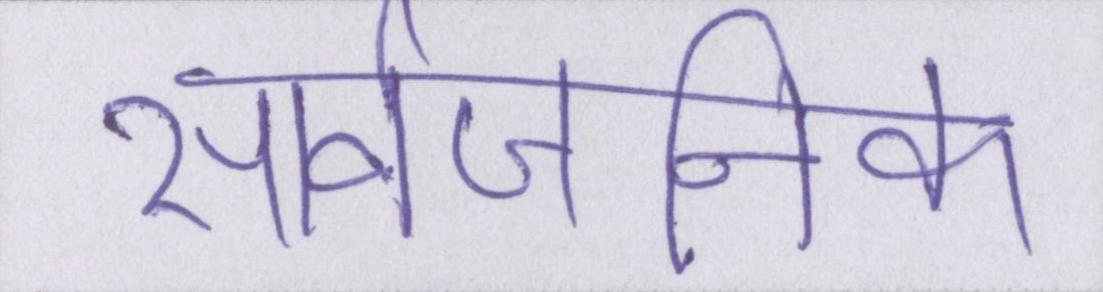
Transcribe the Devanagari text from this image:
सार्वजनिक